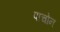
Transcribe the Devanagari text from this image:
पाचोन